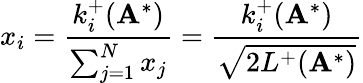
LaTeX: x_{i}=\frac{k_{i}^{+}(\mathbf{A}^{*})}{\sum_{j=1}^{N}x_{j}}=\frac{k_{i}^{+}(\mathbf{A}^{*})}{\sqrt{2L^{+}(\mathbf{A}^{*})}}